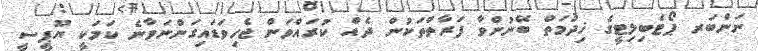
ނަންބަރ ޕޯޓެބިލިޓީގެ ޚިދުމަތް ބޭނުންވާ ފަރާތްތަކުން ދެއް ކުރައްވަން ޖެހިވަޑައިގަންނަވާނެ ކަމަކީ ޔޫޕީސީ